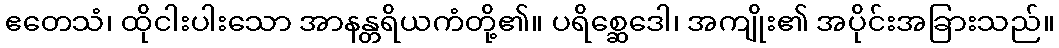
ဧတေသံ၊ ထိုငါးပါးသော အာနန္တရိယကံတို့၏။ ပရိစ္ဆေဒေါ၊ အကျိုး၏ အပိုင်းအခြားသည်။